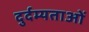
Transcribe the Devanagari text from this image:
दुर्दम्यताओं